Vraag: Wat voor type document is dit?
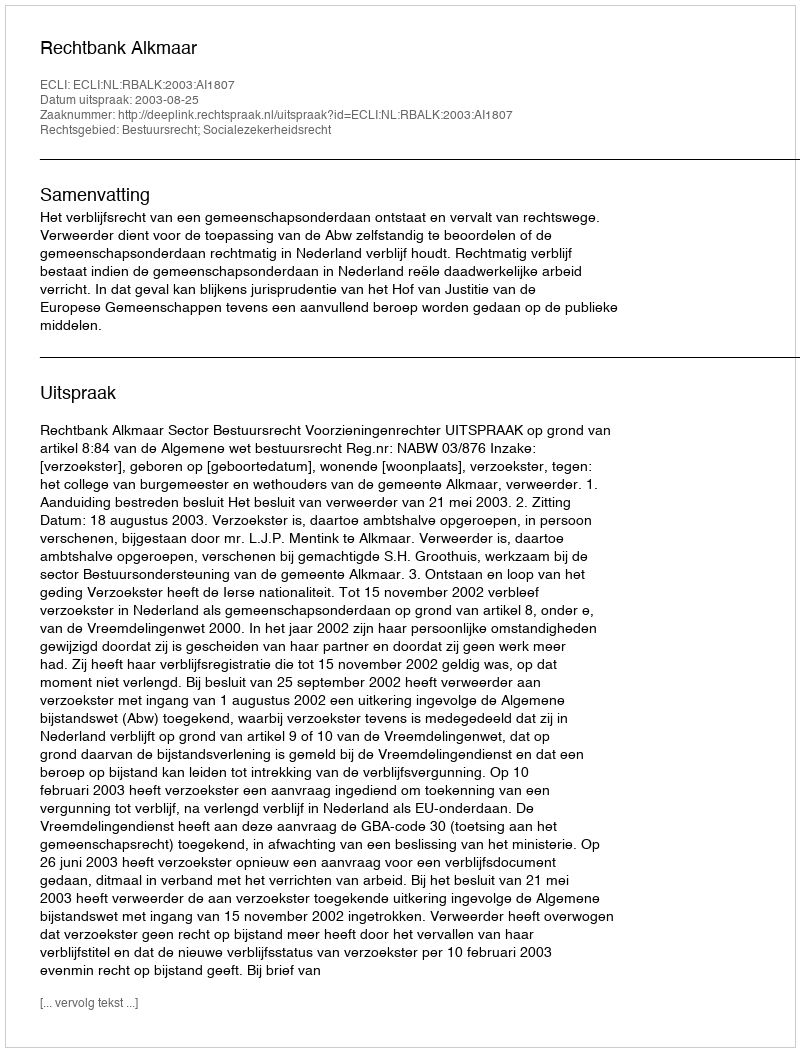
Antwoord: Uitspraak